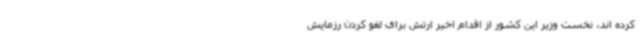
کرده اند، نخست وزیر این کشور از اقدام اخیر ارتش برای لغو کردن رزمایش